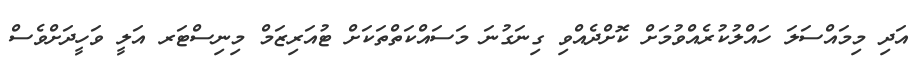
އަދި މިމައްސަލަ ހައްލުކުރެއްވުމަށް ކޮށްދެއްވި ގިނަގުނަ މަސައްކަތްތަކަށް ޓުއަރިޒަމް މިނިސްޓަރ އަލީ ވަހީދަށްވެސް